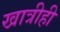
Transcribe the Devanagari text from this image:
खात्रीही